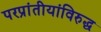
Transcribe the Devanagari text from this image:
परप्रांतीयांविरुद्ध